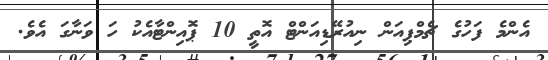
އެންމެ ފަހުގެ ޗެމްޕިއަން ނިއުރޭޑިއަންޓް އޮތީ 10 ޕޮޮއިންޓާއެކު ހަ ވަނާގަ އެވެ.